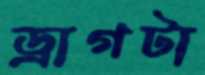
ড্রাগটা